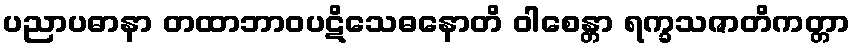
ပညာပဓာနာ တထာဘာဝပဋိသေဓနောတိ ဝါစေန္တာ ရက္ခသဇာတိကတ္တာ